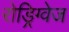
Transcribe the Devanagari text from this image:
रोड्रिग्वेज